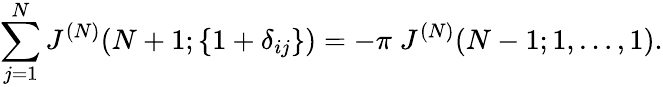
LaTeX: \sum_{j=1}^{N}J^{(N)}(N+1;\{ 1+\delta_{ij}\} )=-\pi\; J^{(N)}(N-1;1,\ldots,1).